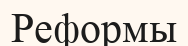
Реформы